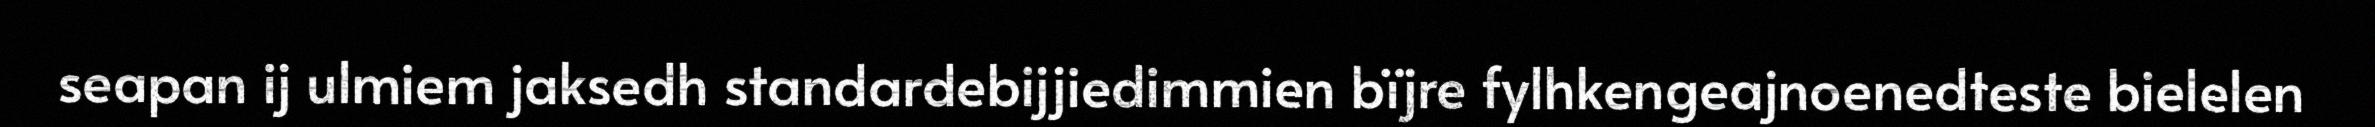
seapan ij ulmiem jaksedh standardebijjiedimmien bïjre fylhkengeajnoenedteste bielelen